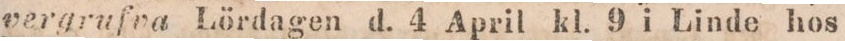
vergrufva Lördagen d. 4 April kl. 9 i Linde hos